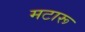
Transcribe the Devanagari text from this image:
मटारू